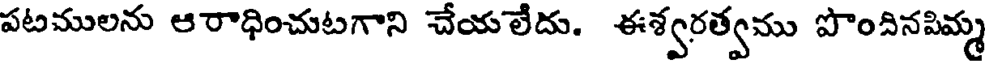
పటములను ఆరాధించుటగాని చేయలేదు. ఈశ్వరత్వము పొందినపిమ్మ